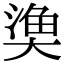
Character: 𭑞